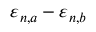
\varepsilon _ { n , a } - \varepsilon _ { n , b }